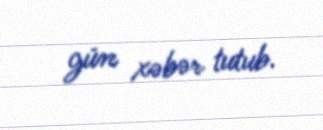
gün xəbər tutub.